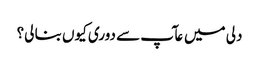
دلی میں عآپ سے دوری کیوں بنا لی؟